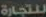
للتجارة